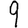
Digit: 9